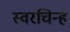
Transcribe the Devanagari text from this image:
स्वरचिन्ह